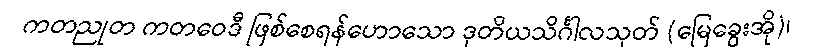
ကတညုတ ကတဝေဒီ ဖြစ်စေရန်ဟောသော ဒုတိယသိင်္ဂါလသုတ် (မြေခွေးအို)၊